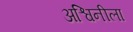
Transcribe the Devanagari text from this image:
अश्विनीला